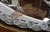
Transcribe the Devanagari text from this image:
काॅकॉमिक्सनी